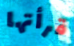
قرأتها